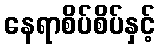
နေရာစိပ်စိပ်နှင့်